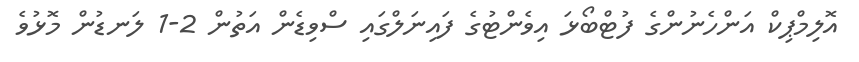
އޮލިމްޕިކް އަންހެނުންގެ ފުޓްބޯޅަ އިވެންޓުގެ ފައިނަލްގައި ސްވިޑެން އަތުން 2-1 ލަނޑުން މޮޅުވެ